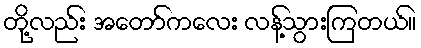
တို့လည်း အတော်ကလေး လန့်သွားကြတယ်။